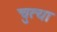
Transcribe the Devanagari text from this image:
चुत्या